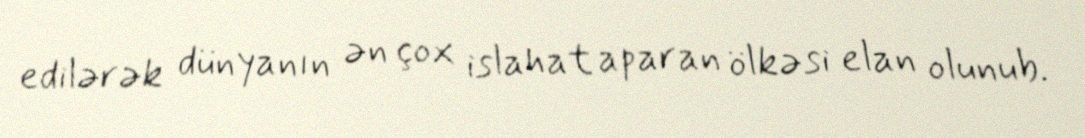
edilərək dünyanın ən çox islahat aparan ölkəsi elan olunub.